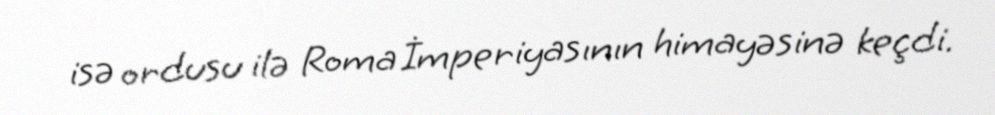
isə ordusu ilə Roma İmperiyasının himayəsinə keçdi.